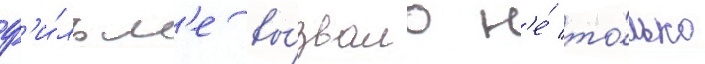
ф'и́льм'е вы́звало н'е́ то́лько